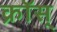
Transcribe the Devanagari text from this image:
क्रॉस्